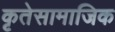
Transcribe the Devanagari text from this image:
कृतेसामाजिक